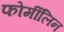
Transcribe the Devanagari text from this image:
फोर्मीलिन